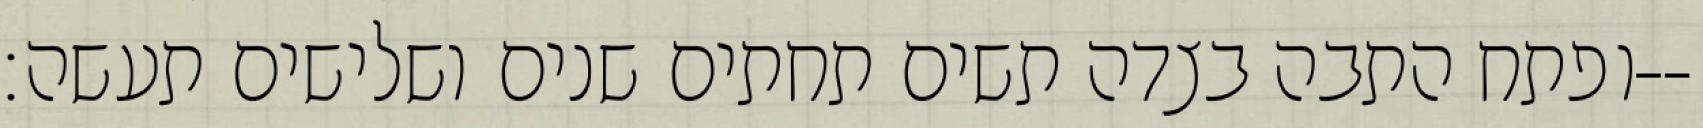
ופתח התבה בצדה תשים תחתים שנים ושלישים תעשה׃--